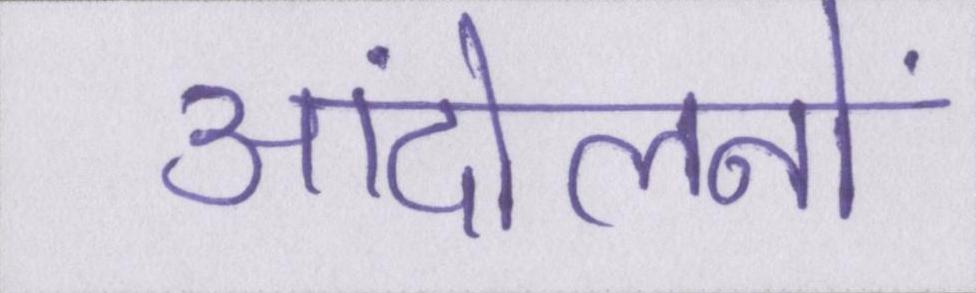
आंदोलनों